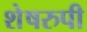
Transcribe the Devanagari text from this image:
शेषरुपी